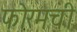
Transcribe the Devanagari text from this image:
फोरमची